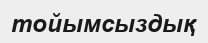
тойымсыздық